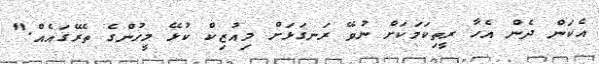
އެކަން ދެން އެހާ ރީތިކަމަކަށް ނުވޭ ރަނގަޅަށް މިއުޒިކް ކުޅޭ މީހުންގެ ތެރޭގައެއް."